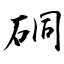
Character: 硐